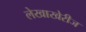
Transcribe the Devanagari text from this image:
लेखाखेरीज